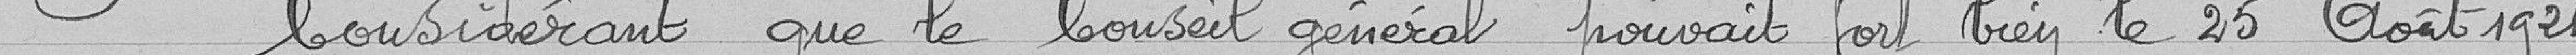
Considérant que le Conseil général pouvait fort bien le 25 août 1921